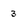
Character: 3